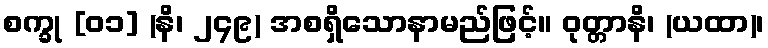
စက္ခု [၀၁] (နိ၊ ၂၄၉) အစရှိသောနာမည်ဖြင့်။ ဝုတ္တာနိ၊ (ယထာ)၊